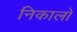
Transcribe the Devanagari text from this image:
निकालो